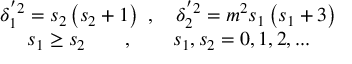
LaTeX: \begin{array} { c } { { \delta _ { 1 } ^ { ^ { \prime } 2 } = s _ { 2 } \left( s _ { 2 } + 1 \right) \ , \quad \delta _ { 2 } ^ { ^ { \prime } 2 } = m ^ { 2 } s _ { 1 } \left( s _ { 1 } + 3 \right) } } \\ { { s _ { 1 } \geq s _ { 2 } \qquad , \qquad s _ { 1 } , s _ { 2 } = 0 , 1 , 2 , . . . } } \end{array}